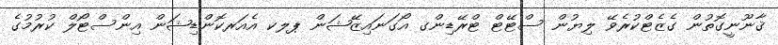
ޤާނޫނީގޮތުން ގެޒެޓްކުރެވޭ ލިޔުން ސްޓޭޓް ޓްރޭޑިންގ އޯގަނައިޒޭޝަން ޕލކ އެއަރކޮންޑިޝަން އިންސްޓޯލް ކުރުމުގެ